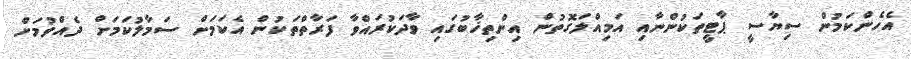
އެހެންކަމުން ސިޔާސީ ޕާޓީތަކުންނާއި އަމިއްލަގޮތުން އިންތިޚާބުގައި ވާދަކުރައްވާ ފަރާތްތަކުން އެކަމަށް ސަމާލުކަމަށް ދެއްވުމަށް